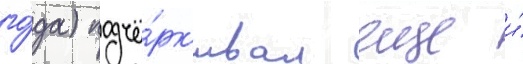
го́да) подчё́рк'ивал еще и́